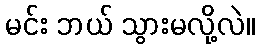
မင်း ဘယ် သွားမလို့လဲ။